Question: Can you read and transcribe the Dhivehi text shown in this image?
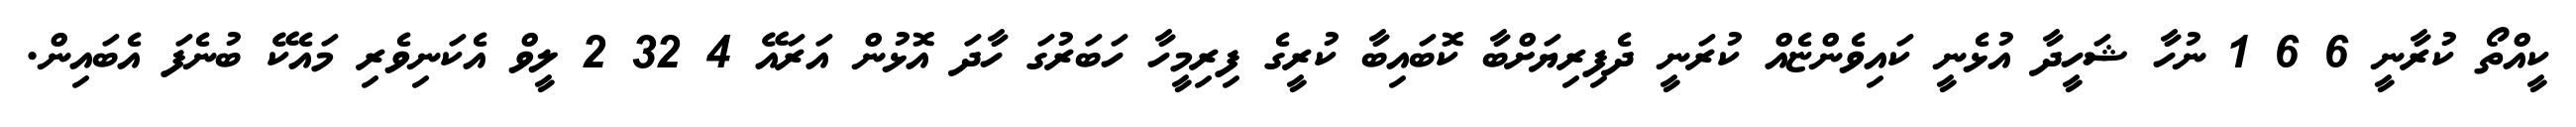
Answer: ކީއްތޯ ކުރާނީ 6 6 1 ނުހާ ޝަހީދާ އުޅެނީ ކައިވެންޏެއް ކުރަނީ ދެފިރިޔަށްބާ ކޮބައިބާ ކުރީގެ ފިރިމީހާ ހަބަރުގަ ހާދަ އޮޅުން އަރައޭ 4 32 2 ލީވް އެކަނިވެރި މައެކޭ ބުނެފަ އެބައިން.